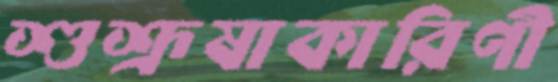
শুশ্রূষাকারিণী